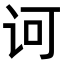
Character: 诃